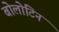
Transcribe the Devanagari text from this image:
बोलोटिन